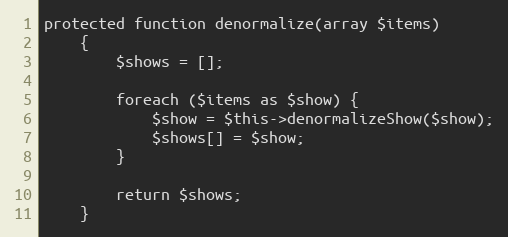
Language: PHP
protected function denormalize(array $items)
    {
        $shows = [];

        foreach ($items as $show) {
            $show = $this->denormalizeShow($show);
            $shows[] = $show;
        }

        return $shows;
    }